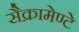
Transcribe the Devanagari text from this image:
सैक्रामेण्टे